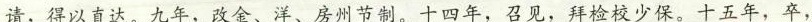
请，得以直达。九年，改金、洋、房州节制。十四年，召见，拜检校少保。十五年，卒，